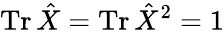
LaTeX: \operatorname{Tr}\hat{X}=\operatorname{Tr}\hat{X}^{2}=1